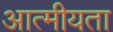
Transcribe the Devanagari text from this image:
आत्‍मीयता